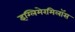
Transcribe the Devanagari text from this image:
इग्लिमेरमिलॉस